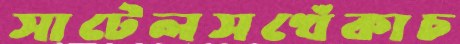
সাটেলসখেঁকাচ